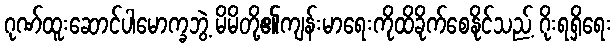
ဂုဏ်ထူးဆောင်ပါမောက္ခဘွဲ့ မိမိတို့၏ကျန်းမာရေးကိုထိခိုက်စေနိုင်သည့် ဂိုးရရှိရေး